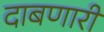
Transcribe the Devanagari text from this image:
दाबणारी